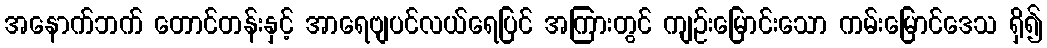
အနောက်ဘက် တောင်တန်းနှင့် အာရေဗျပင်လယ်ရေပြင် အကြားတွင် ကျဉ်းမြောင်းသော ကမ်းမြောင်ဒေသ ရှိ၍